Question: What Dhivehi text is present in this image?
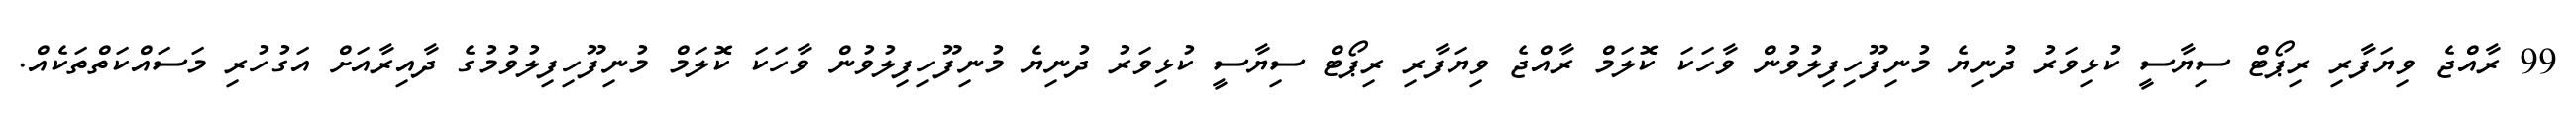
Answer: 99 ރާއްޖެ ވިޔަފާރި ރިޕޯޓް ސިޔާސީ ކުޅިވަރު ދުނިޔެ މުނިފޫހިފިލުވުން ވާހަކަ ކޮލަމް ރާއްޖެ ވިޔަފާރި ރިޕޯޓް ސިޔާސީ ކުޅިވަރު ދުނިޔެ މުނިފޫހިފިލުވުން ވާހަކަ ކޮލަމް މުނިފޫހިފިލުވުމުގެ ދާއިރާއަށް އަގުހުރި މަސައްކަތްތަކެއް.